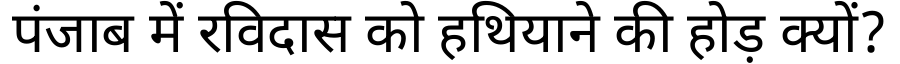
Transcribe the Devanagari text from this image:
पंजाब में रविदास को हथियाने की होड़ क्यों?